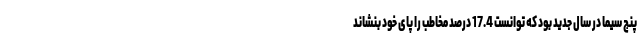
پنج سیما در سال جدید بود که توانست 17.4 درصد مخاطب را پای خود بنشاند